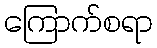
ကြောက်စရာ